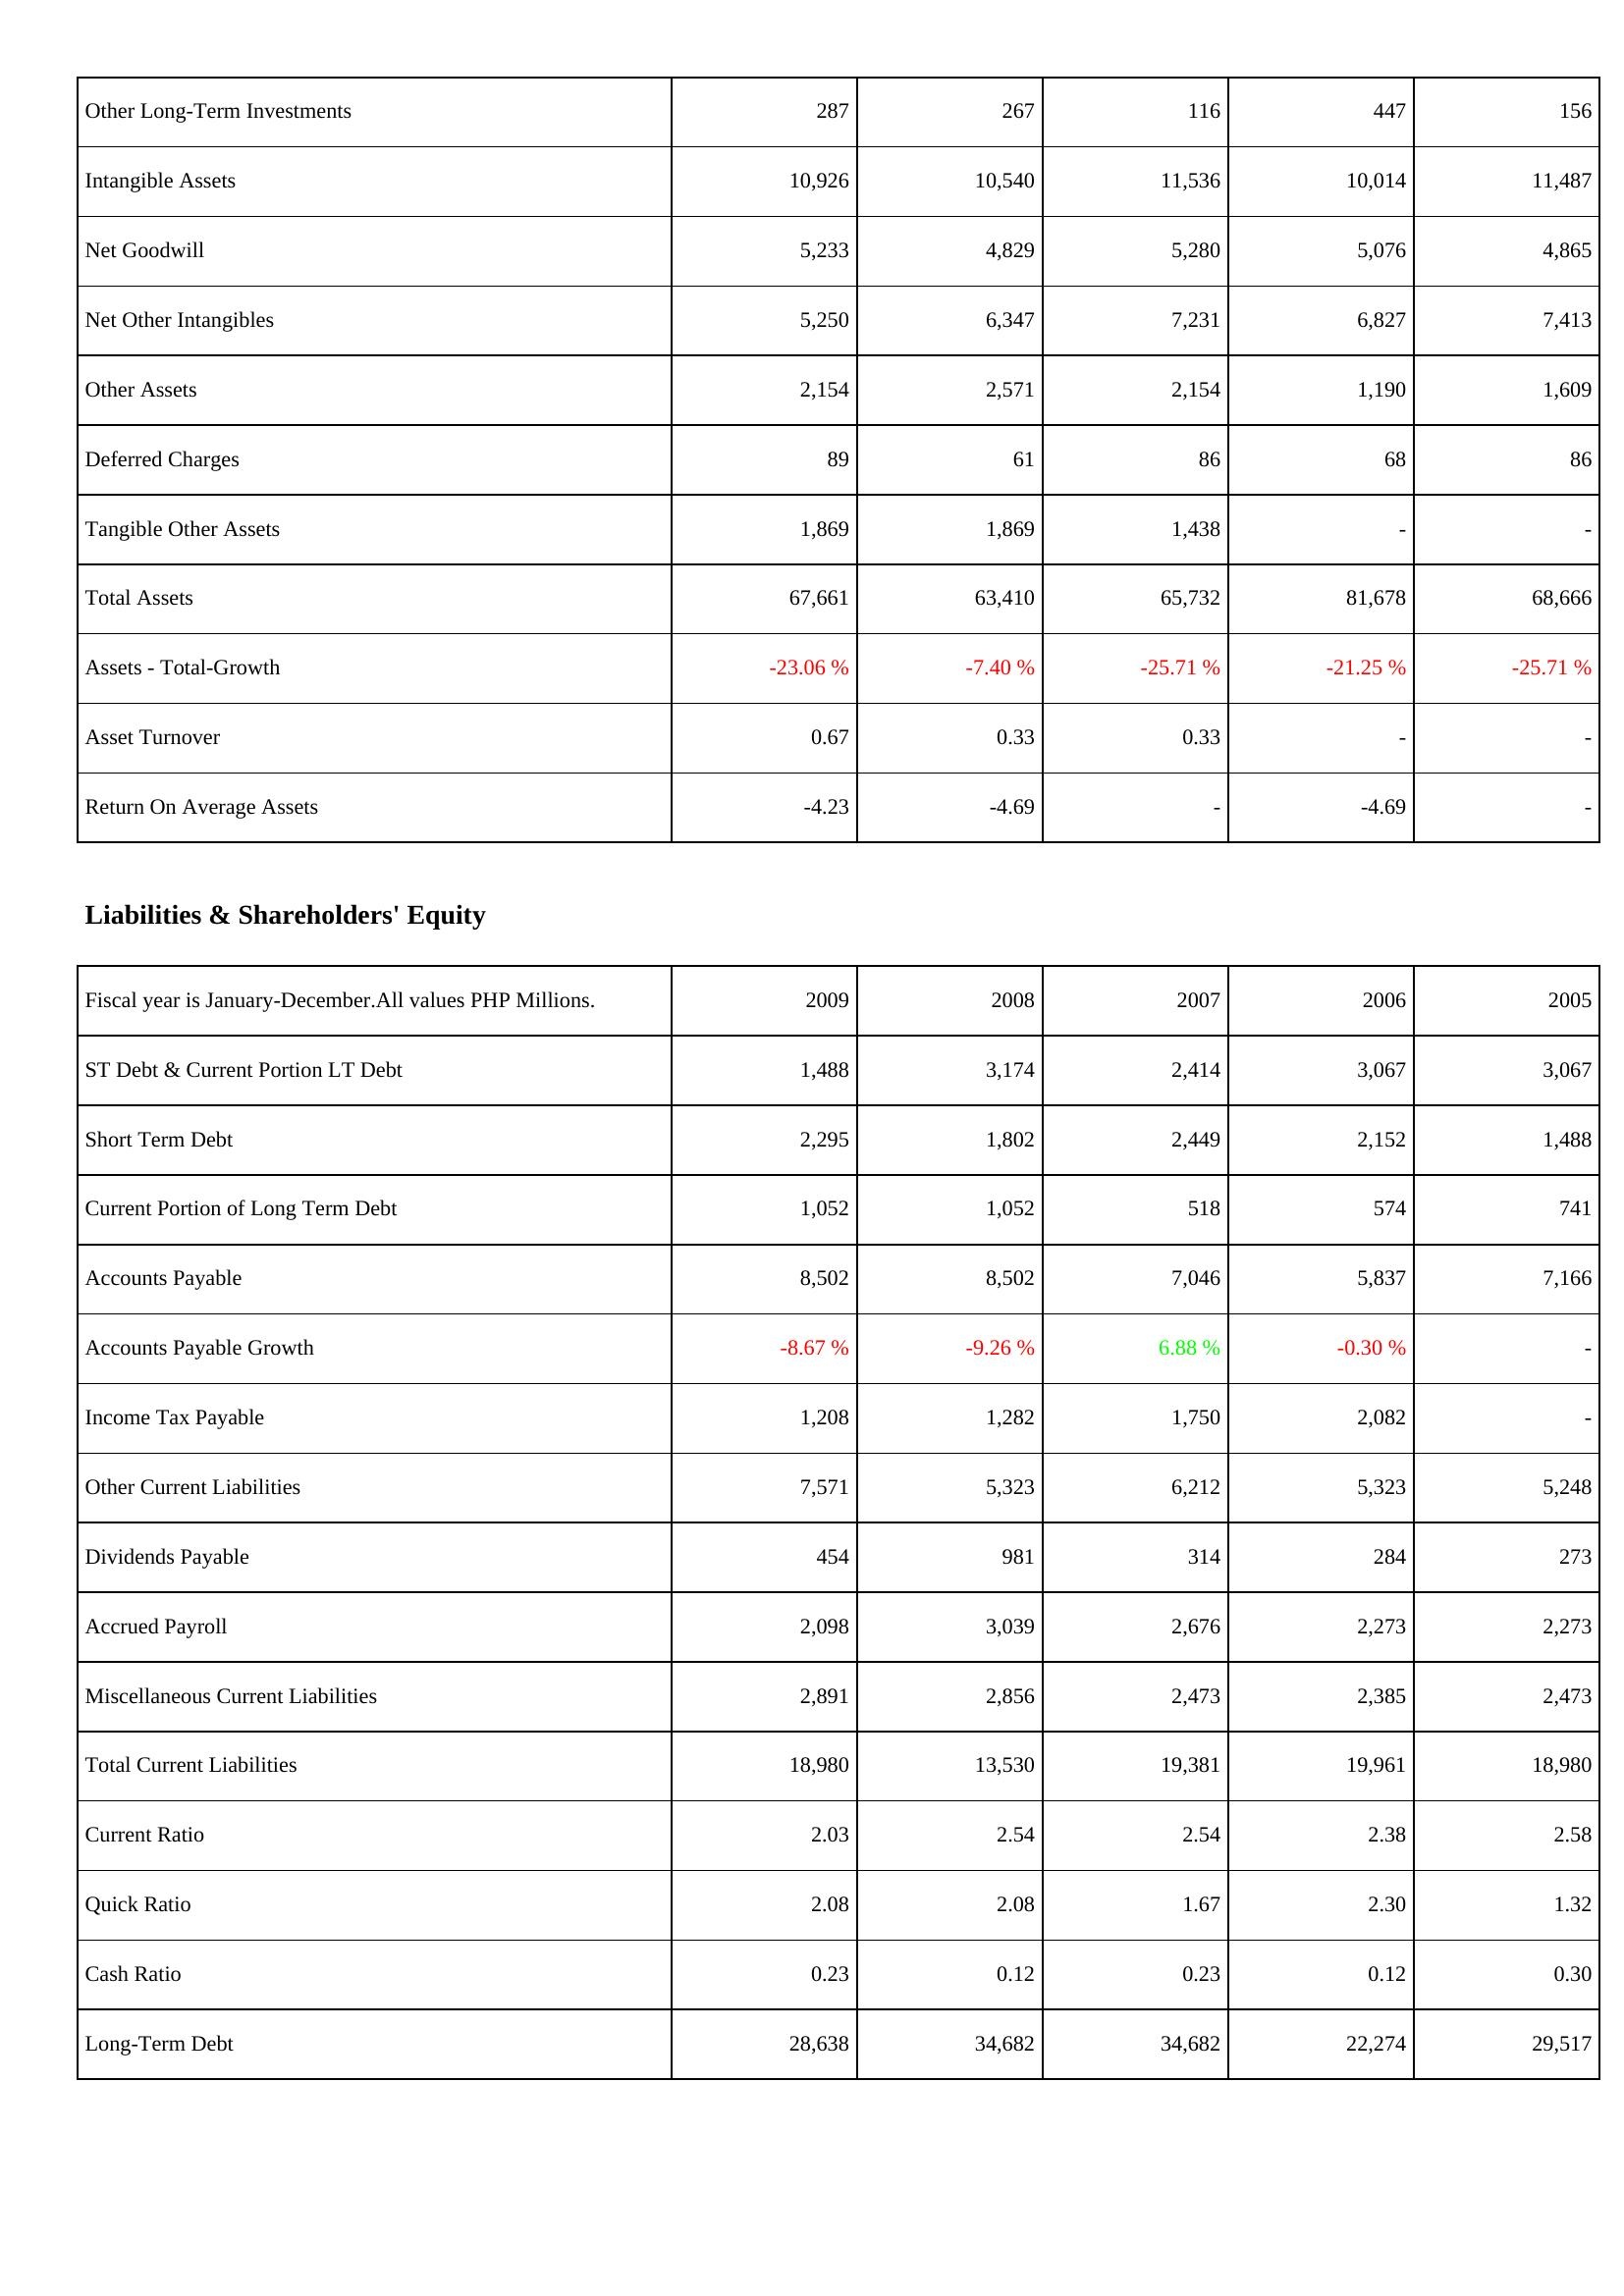
2009: Assets: Other Long-Term Investments: 287
Intangible Assets: 10,926
Net Goodwill: 5,233
Net Other Intangibles: 5,250
Other Assets: 2,154
Deferred Charges: 89
Tangible Other Assets: 1,869
Total Assets: 67,661
Assets - Total-Growth: -23.06 %
Asset Turnover: 0.67
Return On Average Assets: -4.23
Liabilities & Shareholders' Equity: ST Debt & Current Portion LT Debt: 1,488
Short Term Debt: 2,295
Current Portion of Long Term Debt: 1,052
Accounts Payable: 8,502
Accounts Payable Growth: -8.67 %
Income Tax Payable: 1,208
Other Current Liabilities: 7,571
Dividends Payable: 454
Accrued Payroll: 2,098
Miscellaneous Current Liabilities: 2,891
Total Current Liabilities: 18,980
Current Ratio: 2.03
Quick Ratio: 2.08
Cash Ratio: 0.23
Long-Term Debt: 28,638
2008: Assets: Other Long-Term Investments: 267
Intangible Assets: 10,540
Net Goodwill: 4,829
Net Other Intangibles: 6,347
Other Assets: 2,571
Deferred Charges: 61
Tangible Other Assets: 1,869
Total Assets: 63,410
Assets - Total-Growth: -7.40 %
Asset Turnover: 0.33
Return On Average Assets: -4.69
Liabilities & Shareholders' Equity: ST Debt & Current Portion LT Debt: 3,174
Short Term Debt: 1,802
Current Portion of Long Term Debt: 1,052
Accounts Payable: 8,502
Accounts Payable Growth: -9.26 %
Income Tax Payable: 1,282
Other Current Liabilities: 5,323
Dividends Payable: 981
Accrued Payroll: 3,039
Miscellaneous Current Liabilities: 2,856
Total Current Liabilities: 13,530
Current Ratio: 2.54
Quick Ratio: 2.08
Cash Ratio: 0.12
Long-Term Debt: 34,682
2007: Assets: Other Long-Term Investments: 116
Intangible Assets: 11,536
Net Goodwill: 5,280
Net Other Intangibles: 7,231
Other Assets: 2,154
Deferred Charges: 86
Tangible Other Assets: 1,438
Total Assets: 65,732
Assets - Total-Growth: -25.71 %
Asset Turnover: 0.33
Return On Average Assets: -
Liabilities & Shareholders' Equity: ST Debt & Current Portion LT Debt: 2,414
Short Term Debt: 2,449
Current Portion of Long Term Debt: 518
Accounts Payable: 7,046
Accounts Payable Growth: 6.88 %
Income Tax Payable: 1,750
Other Current Liabilities: 6,212
Dividends Payable: 314
Accrued Payroll: 2,676
Miscellaneous Current Liabilities: 2,473
Total Current Liabilities: 19,381
Current Ratio: 2.54
Quick Ratio: 1.67
Cash Ratio: 0.23
Long-Term Debt: 34,682
2006: Assets: Other Long-Term Investments: 447
Intangible Assets: 10,014
Net Goodwill: 5,076
Net Other Intangibles: 6,827
Other Assets: 1,190
Deferred Charges: 68
Tangible Other Assets: -
Total Assets: 81,678
Assets - Total-Growth: -21.25 %
Asset Turnover: -
Return On Average Assets: -4.69
Liabilities & Shareholders' Equity: ST Debt & Current Portion LT Debt: 3,067
Short Term Debt: 2,152
Current Portion of Long Term Debt: 574
Accounts Payable: 5,837
Accounts Payable Growth: -0.30 %
Income Tax Payable: 2,082
Other Current Liabilities: 5,323
Dividends Payable: 284
Accrued Payroll: 2,273
Miscellaneous Current Liabilities: 2,385
Total Current Liabilities: 19,961
Current Ratio: 2.38
Quick Ratio: 2.30
Cash Ratio: 0.12
Long-Term Debt: 22,274
2005: Assets: Other Long-Term Investments: 156
Intangible Assets: 11,487
Net Goodwill: 4,865
Net Other Intangibles: 7,413
Other Assets: 1,609
Deferred Charges: 86
Tangible Other Assets: -
Total Assets: 68,666
Assets - Total-Growth: -25.71 %
Asset Turnover: -
Return On Average Assets: -
Liabilities & Shareholders' Equity: ST Debt & Current Portion LT Debt: 3,067
Short Term Debt: 1,488
Current Portion of Long Term Debt: 741
Accounts Payable: 7,166
Accounts Payable Growth: -
Income Tax Payable: -
Other Current Liabilities: 5,248
Dividends Payable: 273
Accrued Payroll: 2,273
Miscellaneous Current Liabilities: 2,473
Total Current Liabilities: 18,980
Current Ratio: 2.58
Quick Ratio: 1.32
Cash Ratio: 0.30
Long-Term Debt: 29,517